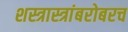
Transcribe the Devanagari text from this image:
शस्त्रास्त्रांबरोबरच